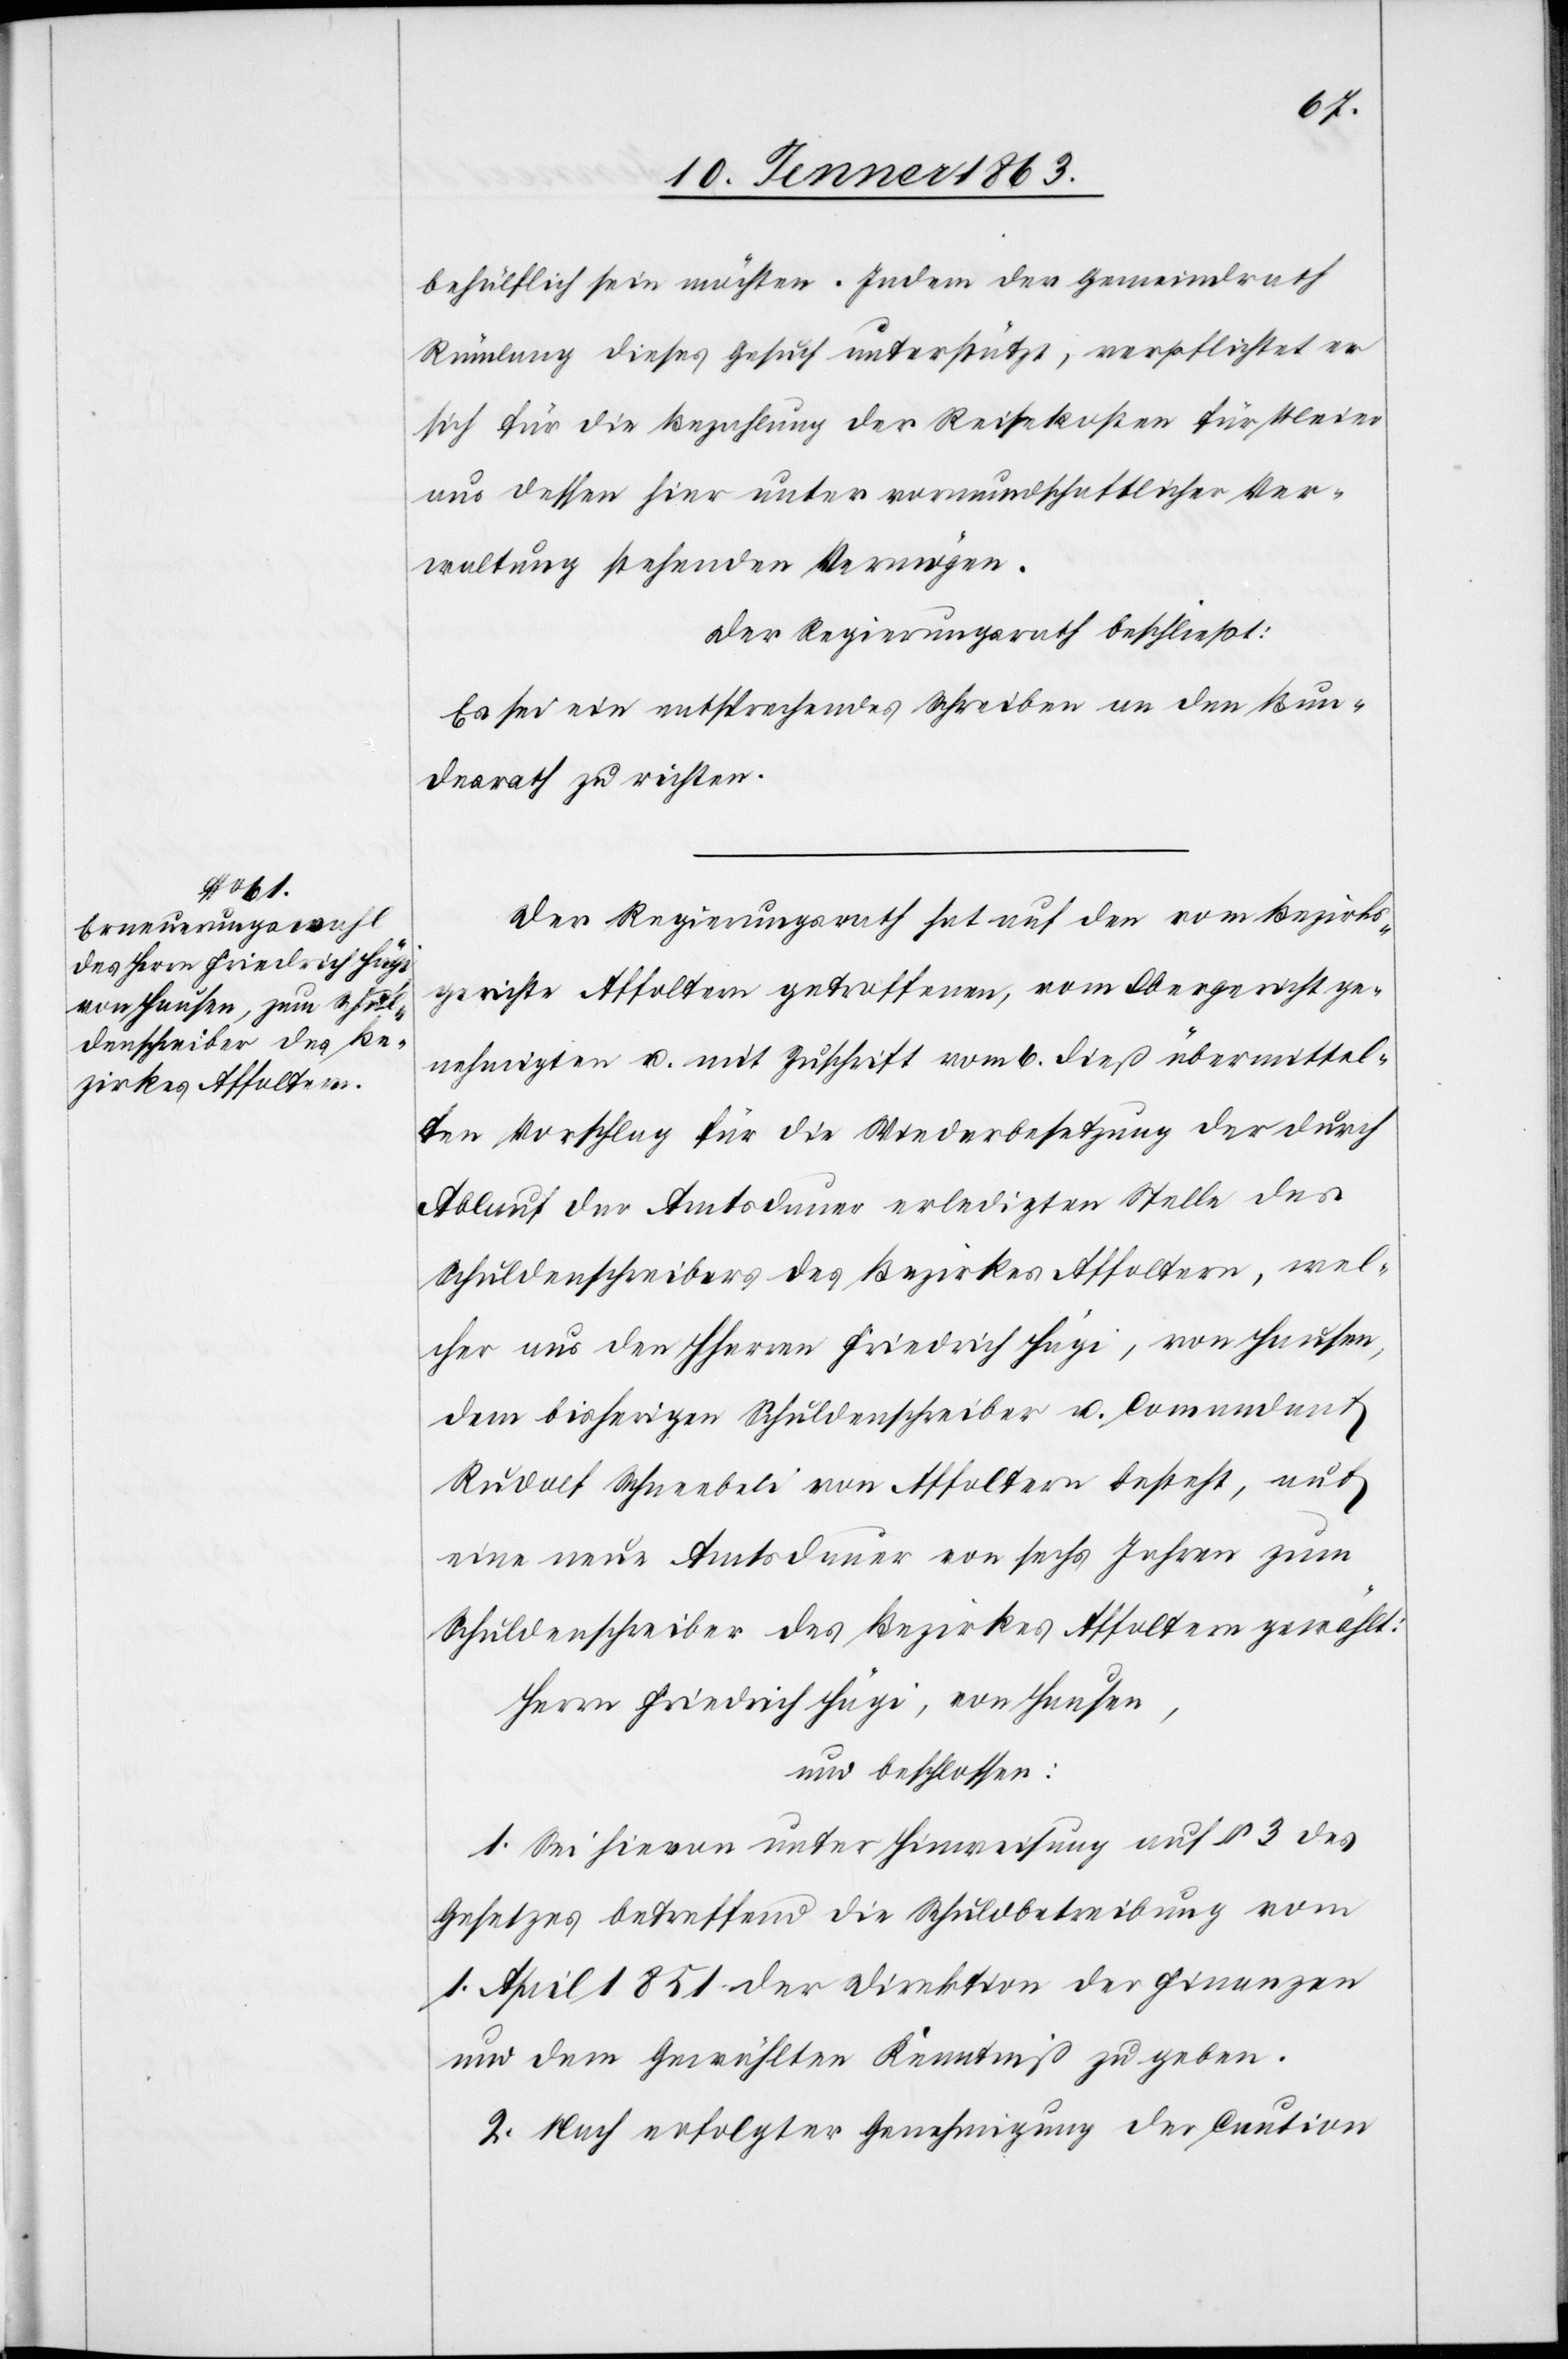
behülflich sein möchten. Indem der Gemeindrath
Rümlang dieses Gesuch unterstützt, verpflichtet er
sich für die Bezahlung der Reisekosten für Meier
aus dessen hier unter vormundschaftlicher Ver¬
waltung stehenden Vermögen.
Der Regierungsrath beschließt:
Es sei ein entsprechendes Schreiben an den Bun¬
desrath zu richten.
Der Regierungsrath hat auf den vom Bezirks¬
gerichte Affoltern getroffenen, vom Obergericht ge¬
nehmigten u. mit Zuschrift vom 6. dieß übermittel¬
ten Vorschlag für die Wiederbesetzung der durch
Ablauf der Amtsdauer erledigten Stelle des
Schuldenschreibers des Bezirkes Affoltern, wel¬
cher aus den HHerren Friedrich Hägi, von Hausen,
dem bisherigen Schuldenschreiber u. Comandant
Rudolf Schneebeli von Affoltern besteht, auf
eine neue Amtsdauer von sechs Jahren zum
Schuldenschreiber des Bezirkes Affoltern gewählt:
Herrn Friedrich Hägi, von Hausen,
und beschlossen:
1. Sei hievon unter Hinweisung auf § 3 des
Gesetzes betreffend die Schuldbetreibung vom
1. April 1851 der Direktion der Finanzen
und dem Gewählten Kenntniß zu geben.
2. Nach erfolgter Genehmigung der Caution